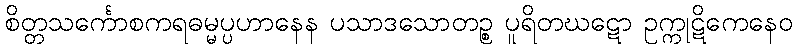
စိတ္တသင်္ကောစကရဓမ္မပ္ပဟာနေန ပသာဒသောတဉ္စ ပူရိတဃဋော ဥက္ကုဋိကေနေဝ